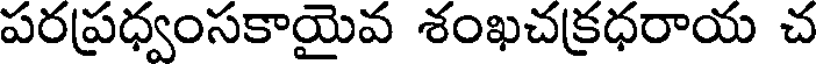
పరప్రధ్వంసకాయైవ శంఖచక్రధరాయ చ